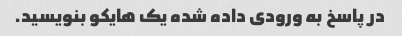
در پاسخ به ورودی داده شده یک هایکو بنویسید.